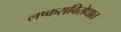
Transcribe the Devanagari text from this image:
लष्कराविरोधात